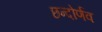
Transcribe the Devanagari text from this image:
छन्दोर्णव